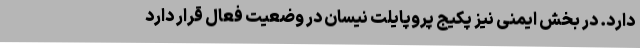
دارد. در بخش ایمنی نیز پکیج پروپایلت نیسان در وضعیت فعال قرار دارد